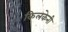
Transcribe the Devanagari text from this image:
किलकेनी